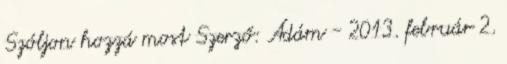
Szóljon hozzá most Szerző: Ádám - 2013. február 2.